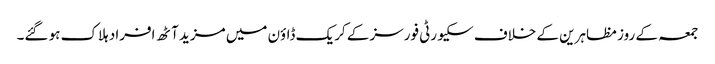
جمعہ کے روز مظاہرین کے خلاف سکیورٹی فورسز کے کریک ڈاؤن میں مزید آٹھ افراد ہلاک ہو گئے۔